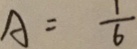
A = \frac { 1 } { 6 }